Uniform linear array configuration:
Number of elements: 32
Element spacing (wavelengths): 0.75
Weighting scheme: cosine
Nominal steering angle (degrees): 0
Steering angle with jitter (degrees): -0.1395
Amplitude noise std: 0.05
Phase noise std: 0.05

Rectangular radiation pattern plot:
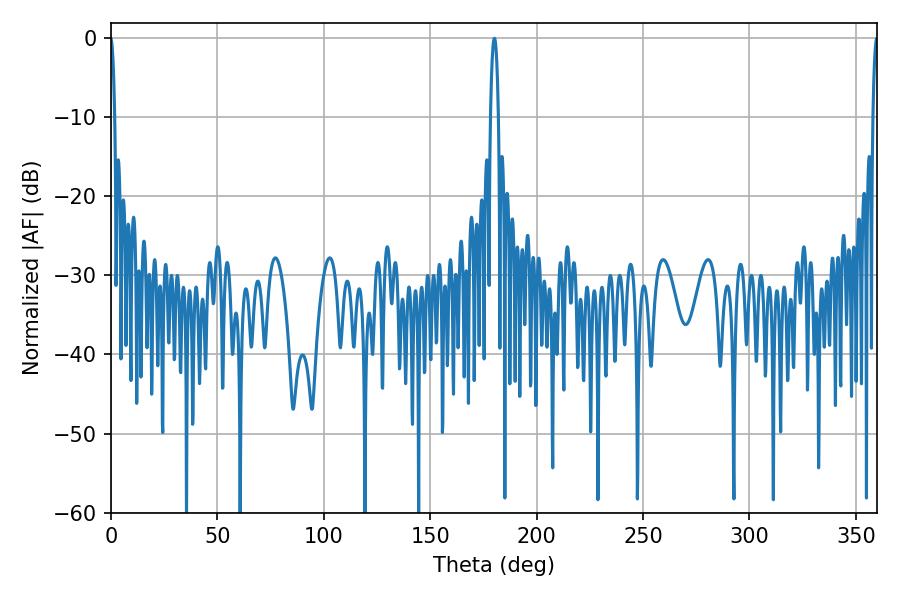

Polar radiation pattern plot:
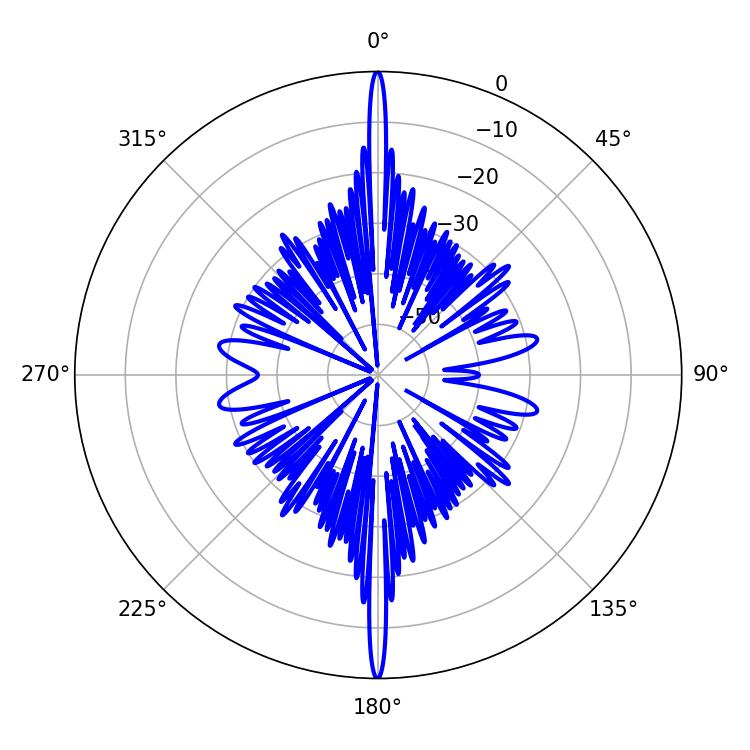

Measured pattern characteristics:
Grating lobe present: TRUE
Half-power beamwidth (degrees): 1.08
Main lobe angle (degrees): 359.82